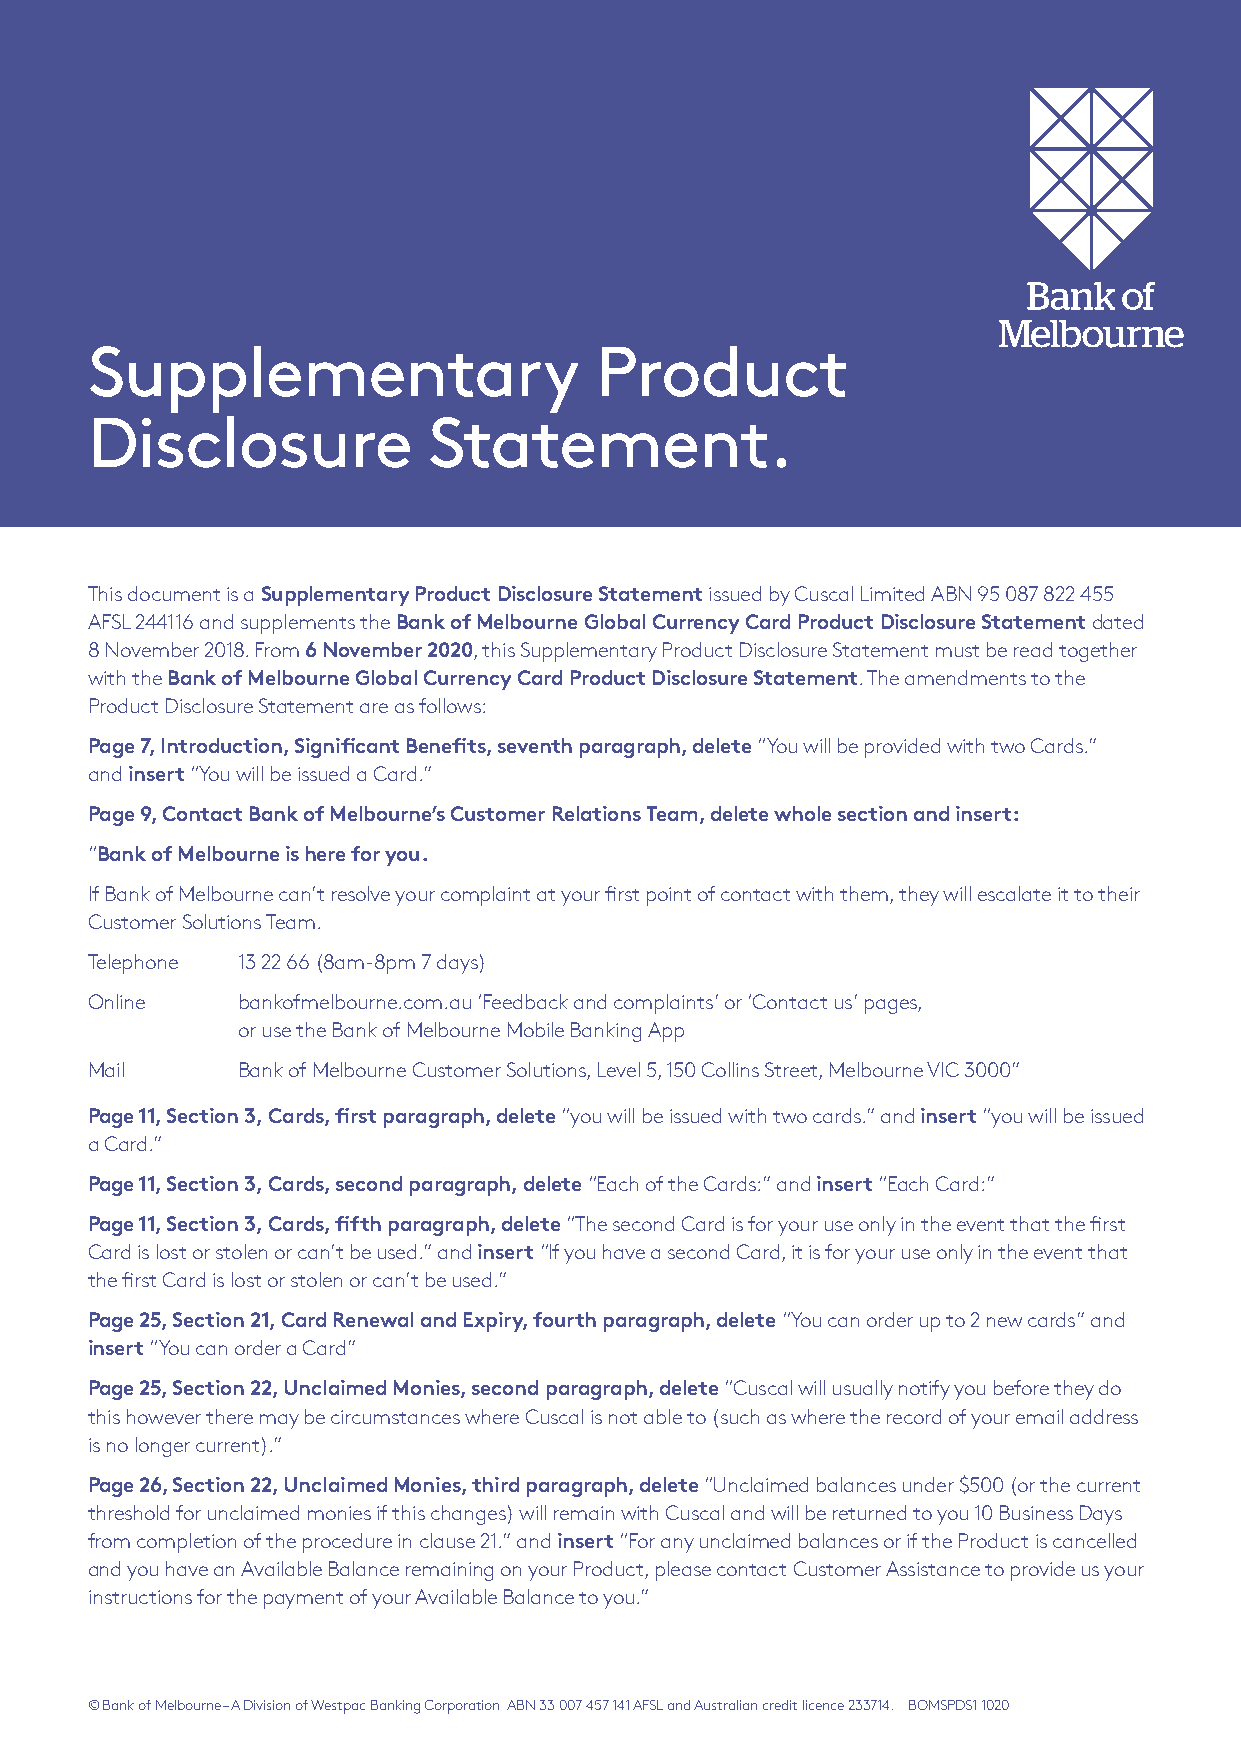
Supplementary                    Product
 Disclosure            Statement.
 This document is a Supplementary Product Disclosure Statement issued by Cuscal Limited ABN 95 087 822 455
 AFSL 244116 and supplements the Bank of Melbourne Global Currency Card Product Disclosure Statement dated
 8 November 2018. From 6 November 2020, this Supplementary Product Disclosure Statement must be read together
 with the Bank of Melbourne Global Currency Card Product Disclosure Statement. The amendments to the
 Product Disclosure Statement are as follows:
 Page 7, Introduction, Significant Benefits, seventh paragraph, delete “You will be provided with two Cards.”
 and insert “You will be issued a Card.”
 Page 9, Contact Bank of Melbourne’s Customer Relations Team, delete whole section and insert:
 “Bank of Melbourne is here for you.
 If Bank of Melbourne can’t resolve your complaint at your first point of contact with them, they will escalate it to their
 Customer Solutions Team.
 Telephone 13 22 66 (8am-8pm 7 days)
 Online    b ankofmelbourne.com.au ‘Feedback and complaints’ or ‘Contact us’ pages,
 or use the Bank of Melbourne Mobile Banking App
 Mail      Bank of Melbourne Customer Solutions, Level 5, 150 Collins Street, Melbourne VIC 3000”
 Page 11, Section 3, Cards, first paragraph, delete “you will be issued with two cards.” and insert “you will be issued
 a Card.”
 Page 11, Section 3, Cards, second paragraph, delete “Each of the Cards:” and insert “Each Card:”
 Page 11, Section 3, Cards, fifth paragraph, delete “The second Card is for your use only in the event that the first
 Card is lost or stolen or can’t be used.” and insert “If you have a second Card, it is for your use only in the event that
 the first Card is lost or stolen or can’t be used.”
 Page 25, Section 21, Card Renewal and Expiry, fourth paragraph, delete “You can order up to 2 new cards” and
 insert “You can order a Card”
 Page 25, Section 22, Unclaimed Monies, second paragraph, delete “Cuscal will usually notify you before they do
 this however there may be circumstances where Cuscal is not able to (such as where the record of your email address
 is no longer current).”
 Page 26, Section 22, Unclaimed Monies, third paragraph, delete “Unclaimed balances under $500 (or the current
 threshold for unclaimed monies if this changes) will remain with Cuscal and will be returned to you 10 Business Days
 from completion of the procedure in clause 21.” and insert “For any unclaimed balances or if the Product is cancelled
 and you have an Available Balance remaining on your Product, please contact Customer Assistance to provide us your
 instructions for the payment of your Available Balance to you.”
 © Bank of Melbourne – A Division of Westpac Banking Corporation ABN 33 007 457 141 AFSL and Australian credit licence 233714. BOMSPDS1 1020